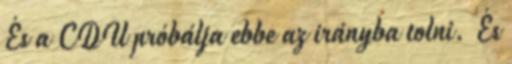
És a CDU próbálja ebbe az irányba tolni. És